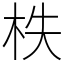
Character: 柣